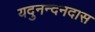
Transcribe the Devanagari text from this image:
यदुनन्दनदास